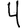
Digit: 4